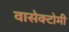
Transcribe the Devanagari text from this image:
वासेक्टोमी